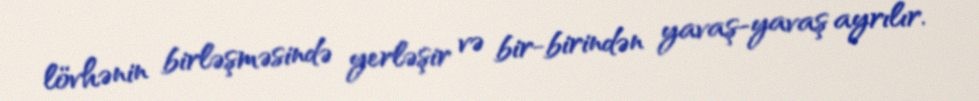
lövhənin birləşməsində yerləşir və bir-birindən yavaş-yavaş ayrılır.